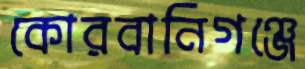
কোরবানিগঞ্জে